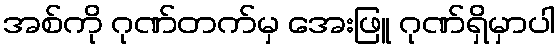
အစ်ကို ဂုဏ်တက်မှ အေးဖြူ ဂုဏ်ရှိမှာပါ